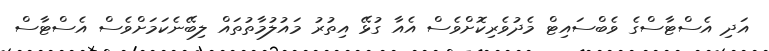
އަދި އެސްޓާސްގެ ވެބްސައިޓް މެދުވެރިކޮށްވެސް އެއާ ގުޅޭ އިތުރު މައުލުމާތުތައް ލިބޭނެކަމަށްވެސް އެސްޓާސް